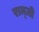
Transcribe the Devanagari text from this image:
राम्ज़ी